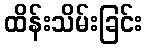
ထိန်းသိမ်းခြင်း